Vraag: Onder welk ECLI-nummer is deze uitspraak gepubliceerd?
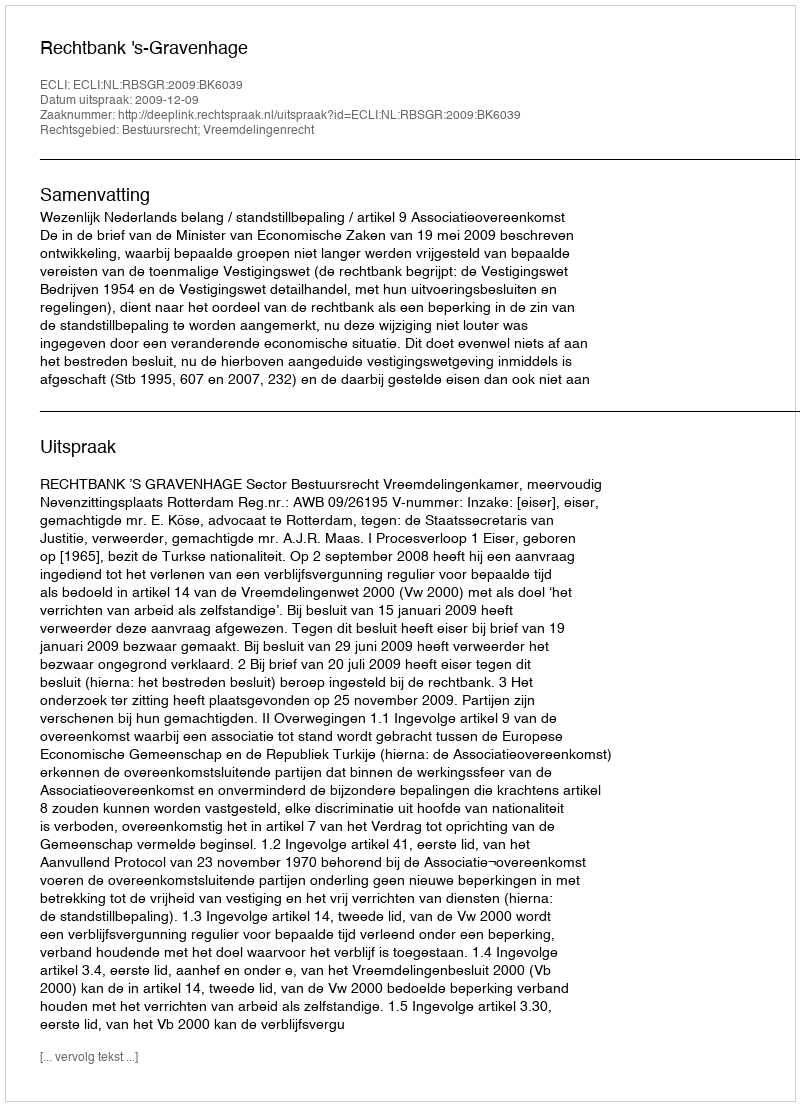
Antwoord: ECLI:NL:RBSGR:2009:BK6039